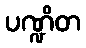
ပဏ္ဍိတ